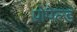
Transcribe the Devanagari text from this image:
प्रोपेल्ड